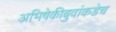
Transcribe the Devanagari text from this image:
अभिषेकीबुवांकडेच